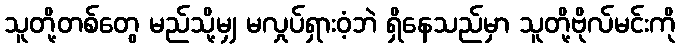
သူတို့တစ်တွေ မည်သို့မျှ မလှုပ်ရှားဝံ့ဘဲ ရှိနေသည်မှာ သူတို့ဗိုလ်မင်းကို